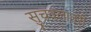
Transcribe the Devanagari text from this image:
सुचवलातरी